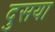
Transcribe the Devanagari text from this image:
दुसया